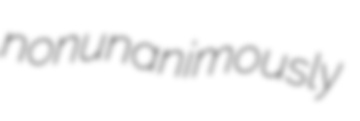
nonunanimously